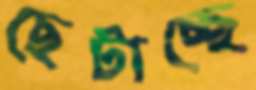
ছেটাচ্ছে